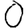
Digit: 0